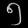
Digit: ၅